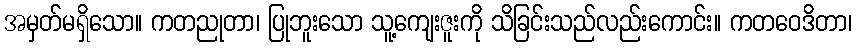
အမှတ်မရှိသော။ ကတညုတာ၊ ပြုဘူးသော သူ့ကျေးဇူးကို သိခြင်းသည်လည်းကောင်း။ ကတဝေဒိတာ၊